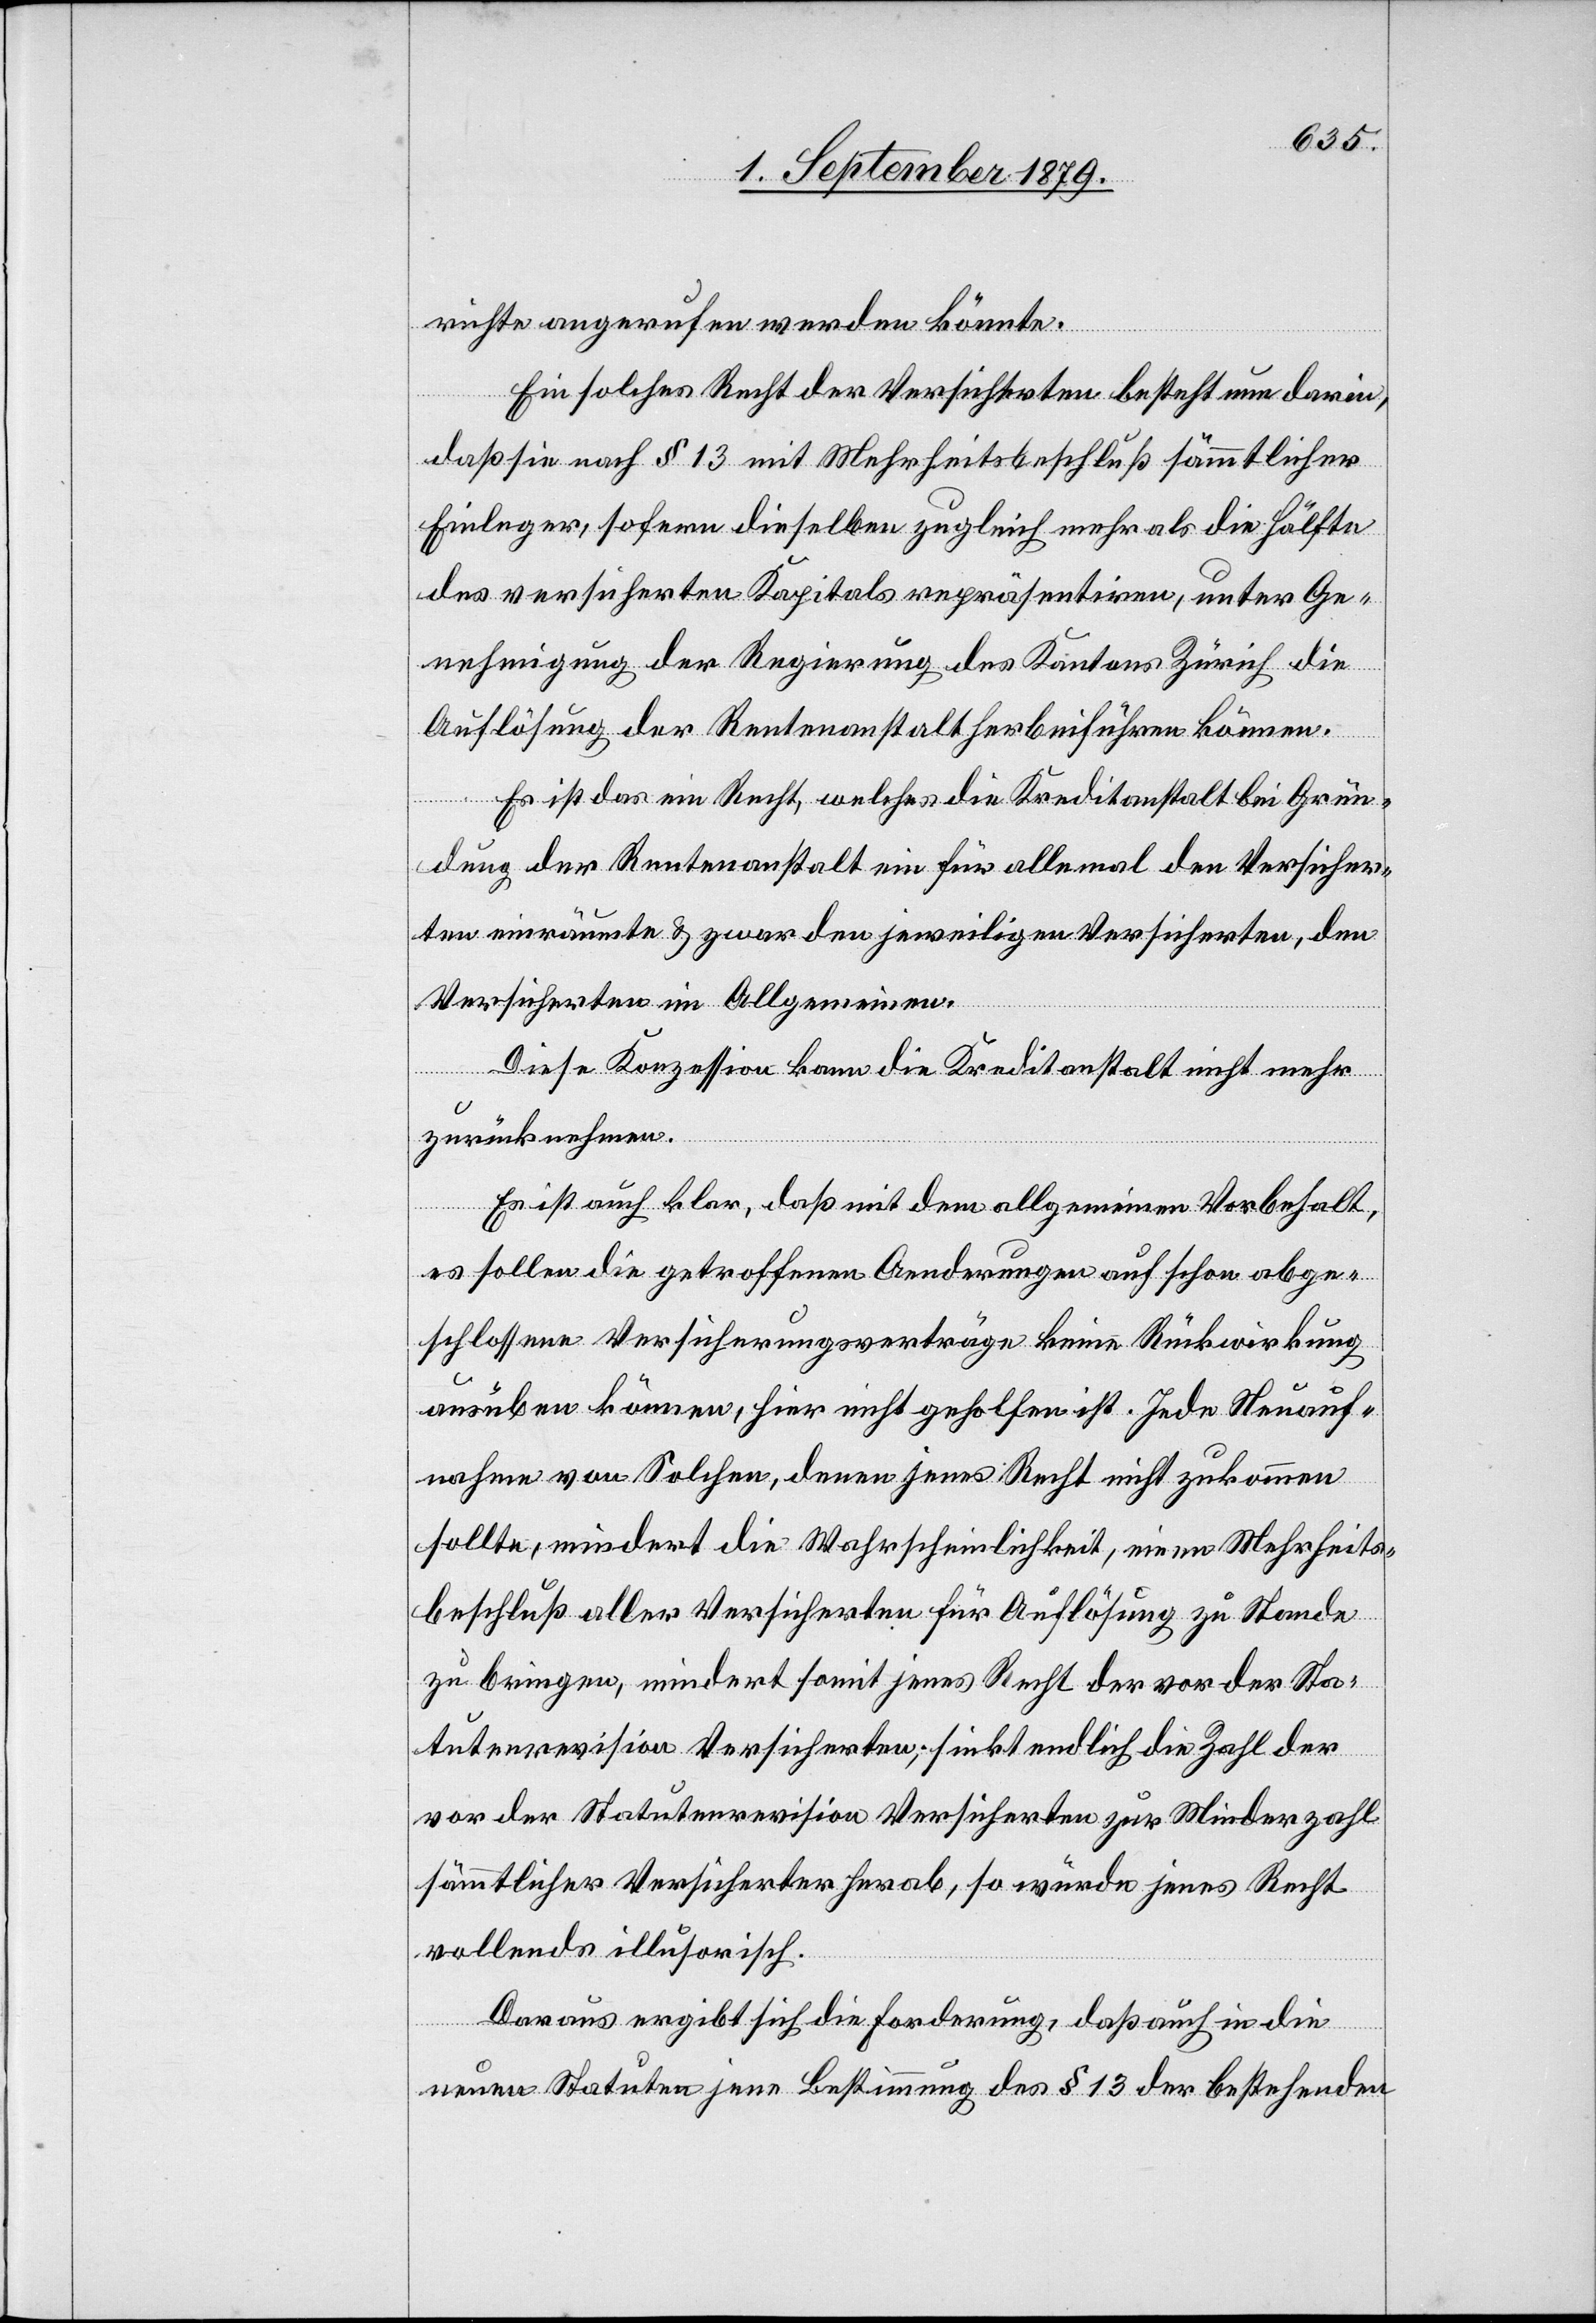
richte angerufen werden könnte.
Ein solches Recht der Versicherten besteht nun darin,
daß sie nach § 13 mit Mehrheitsbeschluß sämmtlicher
Einleger, sofern dieselben zugleich mehr als die Hälfte
des versicherten Kapitals repräsentiren, unter Ge¬
nehmigung der Regierung des Kantons Zürich die
Auflösung der Rentenanstalt herbeiführen können.
Es ist das ein Recht, welches die Kreditanstalt bei Grün¬
dung der Rentenanstalt ein für allemal den Versicher¬
ten einräumte & zwar den jeweiligen Versicherten, den
Versicherten im Allgemeinen.
Diese Konzession kann die Kreditanstalt nicht mehr
zurücknehmen.
Es ist auch klar, daß mit dem allgemeinen Vorbehalt,
es sollen die getroffenen Aenderungen auf schon abge¬
schlossene Versicherungsverträge keine Rückwirkung
ausüben können, hier nicht geholfen ist. Jede Neuauf¬
nahme von Solchen, denen jenes Recht nicht zukommen
sollte, mindert die Wahrscheinlichkeit, einen Mehrheits¬
beschluß aller Versicherten für Auflösung zu Stande
zu bringen, mindert somit jenes Recht der vor der Sta¬
tutenrevision Versicherten; sinkt endlich die Zahl der
vor der Statutenrevision Versicherten zur Minderzahl
sämmtlicher Versicherter herab, so würde jenes Recht
vollends illusorisch.
Daraus ergibt sich die Forderung, daß auch in die
neuen Statuten jene Bestimmung des § 13 der bestehenden